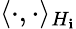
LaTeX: \langle\cdot,\cdot\rangle_{H_{\mathbf{i}}}